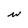
Character: w